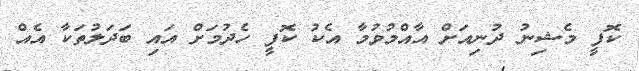
ކޮފީ މެޝިނު ދުނިއަށް އާއްމުވުމާ އެކު ކޮފީ ހެދުމަށް އައި ބަދަލުތަކާ އެއް